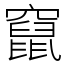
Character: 竄